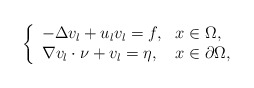
\begin{align*} \left\{\begin{array}{ll} -\Delta v_{l}+u_{l}v_{l}=f, &x\in\Omega,\\ \nabla v_{l}\cdot \nu+v_{l}= \eta, &x\in\partial\Omega,\end{array}\right.\end{align*}